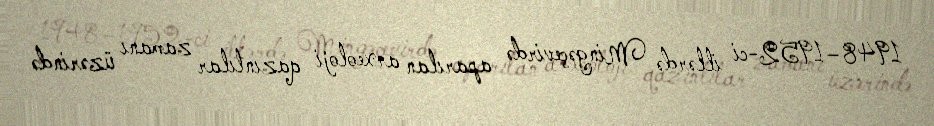
1948–1952-ci illərdə Mingəçevirdə aparılan arxeoloji qazıntılar zamanı üzərində